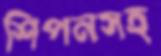
শিপনসহ